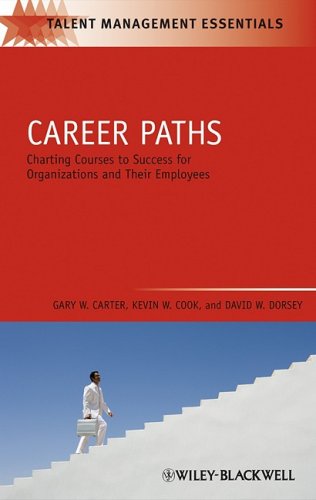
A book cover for Career Paths: Charting Courses to Success for Organizations and Their Employees (Talent Management Essentials); Gary W. Carter; Business & Money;